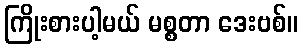
ကြိုးစားပါ့မယ် မစ္စတာ ဒေးဗစ်။